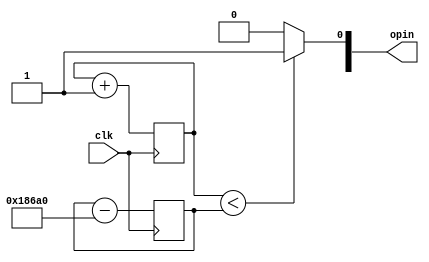
module LED_brightness_high_to_low_toggle(
	input clk,
	output reg [2:0] opin
);

	reg [27:0] counter;
	reg [27:0] step = 3000000;

	always@(posedge clk) begin 
		counter <= counter + 1;
	end


	always@(posedge clk) begin 
		step = step - 100000;
	end

	
	always@(step) begin 
		if(counter < step) begin 
			opin[0] <= 1'b1;
		end
		else begin 
			opin[0] <= 1'b0;
		end
	end

endmodule